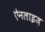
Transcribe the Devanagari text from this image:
ऐनलाइज़